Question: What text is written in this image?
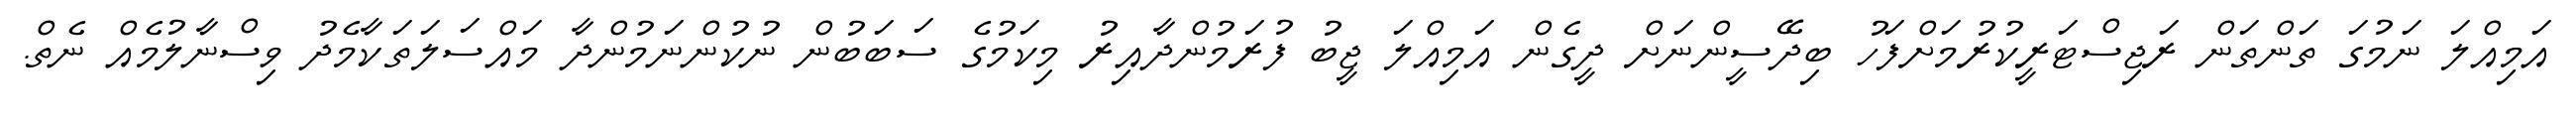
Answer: އަމިއްލަ ނަމުގަ ތަންތަން ރަޖިސްޓަރީކުރުމަށްފަހު ބިދޭސީންނަށް ދީގެން އަމިއްލަ ޖީބު ފުރަމުންދާއިރު މިކަމުގެ ސަބަބުން ނުކުންނަމުންދާ މައްސަލަތަކާމެދު ވިސްނާލުމެއް ނެތް.